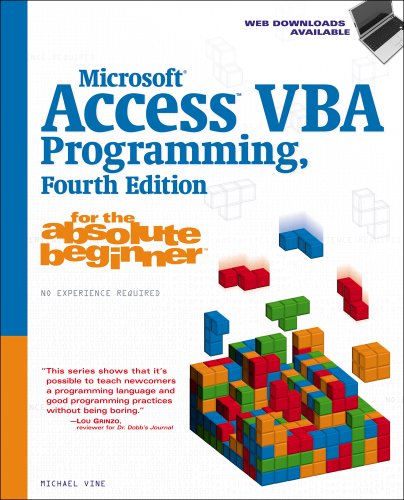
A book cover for Microsoft Access VBA Programming for the Absolute Beginner; Michael Vine; Computers & Technology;